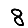
Digit: 8